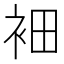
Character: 𲀩